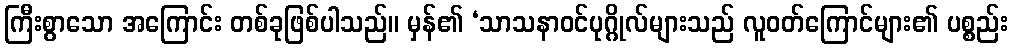
ကြီးစွာသော အကြောင်း တစ်ခုဖြစ်ပါသည်။ မှန်၏ ‘သာသနာဝင်ပုဂ္ဂိုလ်များသည် လူဝတ်ကြောင်များ၏ ပစ္စည်း